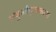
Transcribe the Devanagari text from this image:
मंजुश्रीमूलकल्प